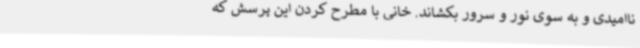
ناامیدی و به سوی نور و سرور بکشاند. خانی با مطرح کردن این پرسش که